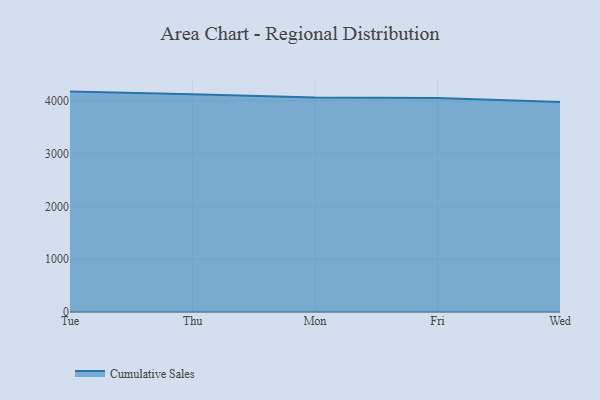
{"axis": {"x": "Day", "y": "Headcount"}, "legend": ["Cumulative Sales"], "data": [{"x": "Tue", "y": 4175.2, "type": "Cumulative Sales"}, {"x": "Thu", "y": 4126.4, "type": "Cumulative Sales"}, {"x": "Mon", "y": 4061.6, "type": "Cumulative Sales"}, {"x": "Fri", "y": 4053.4, "type": "Cumulative Sales"}, {"x": "Wed", "y": 3979.6, "type": "Cumulative Sales"}]}